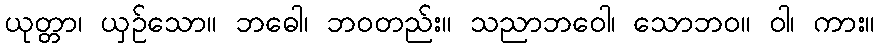
ယုတ္တာ၊ ယှဉ်သော။ ဘဓေါ၊ ဘဝတည်း။ သညာဘဝေါ၊ သောဘဝ။ ဝါ၊ ကား။